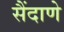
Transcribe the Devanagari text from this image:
सैंदाणे